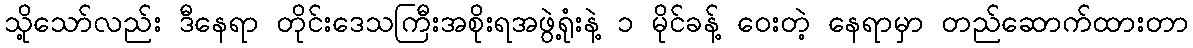
သို့သော်လည်း ဒီနေရာ တိုင်းဒေသကြီးအစိုးရအဖွဲ့ရုံးနဲ့ ၁ မိုင်ခန့် ဝေးတဲ့ နေရာမှာ တည်ဆောက်ထားတာ